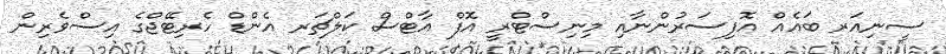
ސީނިއަރ ބައެއް އޮފިސަރުންނާއި މިނިސްޓްރީ އޮފް އާޓްސް ކަލްޗަރ އެންޑް ހެރިޓޭޖްގެ އިސްވެރިން